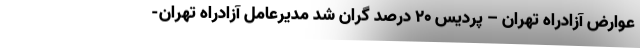
عوارض آزادراه تهران – پردیس 20 درصد گران شد مدیرعامل آزادراه تهران-